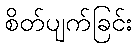
စိတ်ပျက်ခြင်း